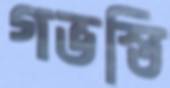
গভস্তি